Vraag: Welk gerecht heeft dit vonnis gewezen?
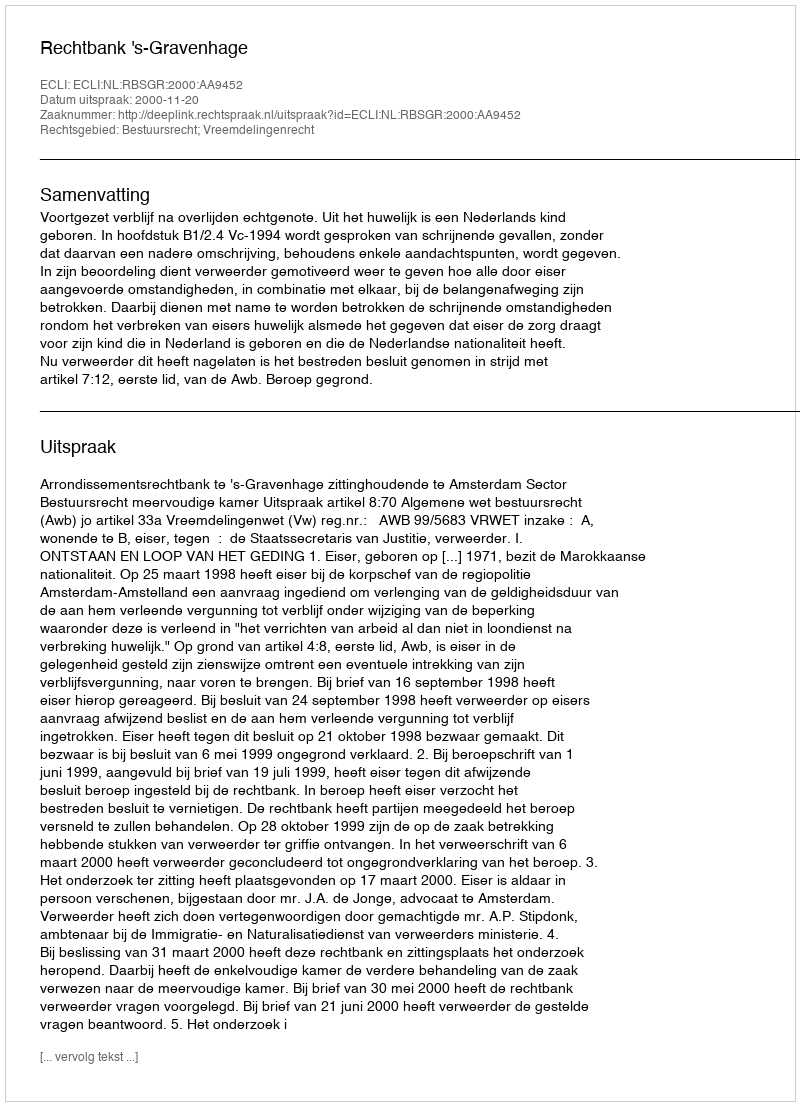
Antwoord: Rechtbank 's-Gravenhage